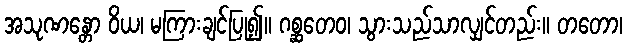
အသုဏန္တော ဝိယ၊ မကြားချင်ပြု၍။ ဂစ္ဆတေဝ၊ သွားသည်သာလျှင်တည်း။ တတော၊